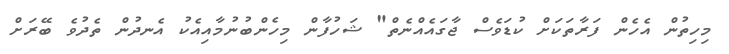
މިހިތުން އެހެން ފަރާތަކަށް ކުޑަވެސް ޖާގައެއްނެތް" ޝަހުފާން މިހެންބުނުމާއިއެކު އެނދުން ތެދުވެ ބޭރަށް